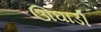
ઊઘાડી